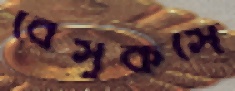
বৈসুকসে